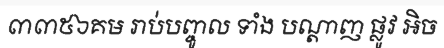
៣៣៥៦គម រាប់បញ្ចូល ទាំង បណ្តាញ ផ្លូវ អិច